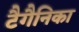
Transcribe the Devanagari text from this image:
टैगैनिका